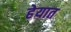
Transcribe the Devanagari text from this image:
हेयात